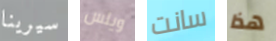
سيرينا ويلس سانت هذا